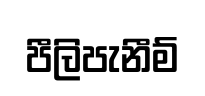
පීලිපැනීම්